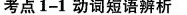
考点1-1 动词短语辨析